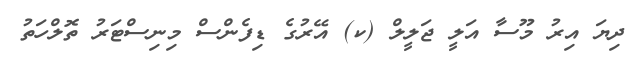
ދިޔަ އިރު މޫސާ އަލީ ޖަލީލް (ކ) އޭރުގެ ޑިފެންސް މިނިސްޓަރު ތޮލްހަތު